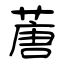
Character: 蓎